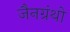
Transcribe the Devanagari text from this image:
जैनग्रंथो